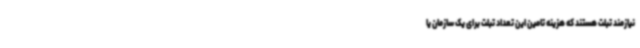
نیازمند تبلت هستند که هزینه تامین این تعداد تبلت برای یک سازمان یا